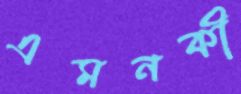
এমনকী